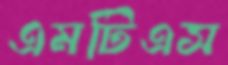
এমটিএস